Cholera in southern India
Disease focus: Cholera
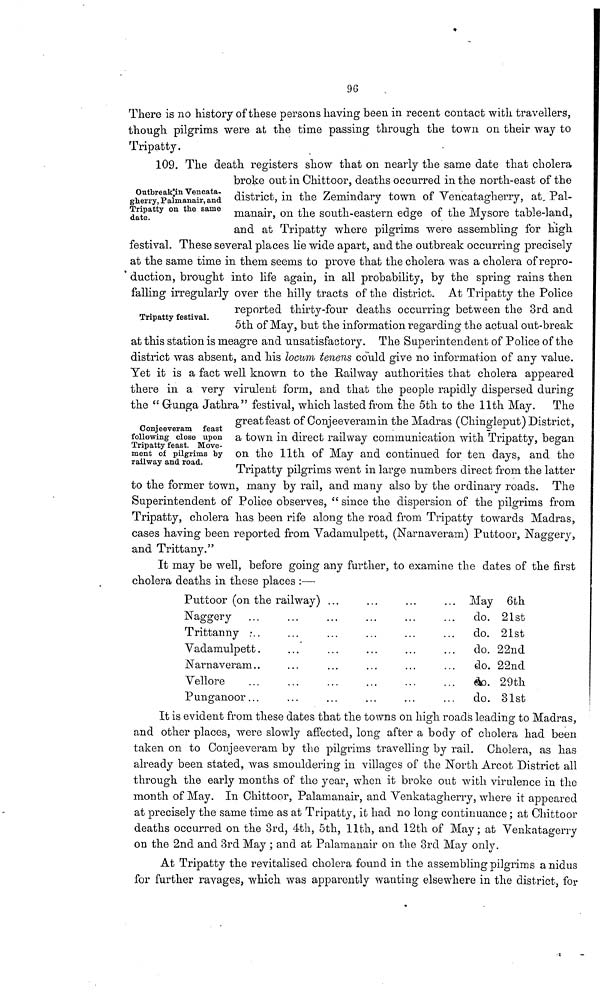
96
There is no history of these persons having been in recent contact with travellers,
though pilgrims were at the time passing through the town on their way to
Tripatty.
Oufbreak in Vencata-
gherry, Palmanair, and
Tripatty on the same
date.
109. The death registers show that on nearly the same date that cholera
broke out in Chittoor, deaths occurred in the north-east of the
district, in the Zemindary town of Vencatagherry, at, Pal-
manair, on the south-eastern edge of the Mysore table-land,
and at Tripatty where pilsrrims were assembling for high
festival. These several places lie wide apart, and the outbreak occurring precisely
at the same time in them seems to prove that the cholera was a cholera of repro-
' duction, brought into life again, in all probability, by the spring rains then
falling irregularly over the hilly tracts of the district. At Tripatty the Police
Tripatty festival.
reported thirty-four deaths occurring between the 3rd and
5th of May, but the information regarding the actual out-break
at this station is meagre and unsatisfactory. The Superintendent of Police of the
district was absent, and his locum tenens could give no information of any value.
Yet it is a fact well known to the Railway authorities that cholera appeared
there in a very virulent form, and that the people rapidly dispersed during
the " Gunga Jathra" festival, which lasted from the 5th to the 11th May. The
Conjeeveram feast
following close upon
Tripatty feast. Move-
ment of pilgrims by
railway and road.
great feast of Conjeeveram in the Madras (Chingleput) District,
a town in direct railway communication with Tripatty, began
on the 11th of May and continued for ten days, and the
Tripatty pilgrims went in large numbers direct from the latter
to the former town, many by rail, and many also by the ordinary roads. The
Superintendent of Police observes, " since the dispersion of the pilgrims from
Tripatty, cholera has been rife along the road from Tripatty towards Madras,
cases having been reported from Vadamulpett, (Narnaveram) Puttoor, Naggery,
and Trittany."
It may be well, before going any further, to examine the dates of the first
cholera deaths in these places :—
Puttoor (on the railway) ...
Naggery
Trittanny
Vadamulpett.
Narnaveram..
Vellore
Punganoor...
May 6th
do. 21st
do. 21st
do. 22nd
do. 22nd
do. 29th
do. 31st
It is evident from these dates that the towns on high roads leading to Madras,
and other places, were slowly affected, long after a body of cholera had been
taken on to Conjeeveram by the pilgrims travelling by rail. Cholera, as has
already been stated, was smouldering in villages of the North Arcot District all
through the early months of the year, when it broke out with virulence in the
month of May. In Chittoor, Palamanair, and Venkatagherry, where it appeared
at precisely the same time as at Tripatty, it had no long continuance; at Chittoor
deaths occurred on the 3rd, 4th, 5th, 11th, and 12th of May; at Venkatagerry
on the 2nd and 3rd May ; and at Palamanair on the 3rd May only.
At Tripatty the revitalised cholera found in the assembling pilgrims a nidus
for further ravages, which was apparently wanting elsewhere in the district, for